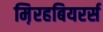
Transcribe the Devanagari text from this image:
म़िरहबियरर्स